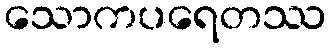
သောကပရေတဿ